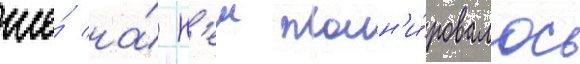
же́ на́ н'еи план'и́ровалось